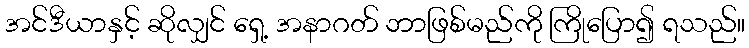
အင်ဒီယာနှင့် ဆိုလျှင် ရှေ့ အနာဂတ် ဘာဖြစ်မည်ကို ကြိုပြော၍ ရသည်။